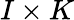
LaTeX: I\times K